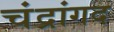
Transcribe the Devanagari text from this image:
चंद्रांगद